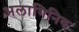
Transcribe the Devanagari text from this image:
अलागिनिक